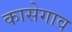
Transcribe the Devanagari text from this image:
कासेगाव